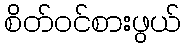
စိတ်ဝင်စားဖွယ်